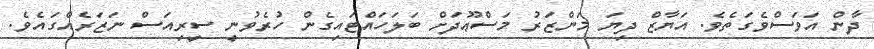
ދާން އަވަސްވެގަތެވެ. އަޔާޒް ދިޔަ މަންޒަރު މަސްޢޫދަށް ބަލަހައްޓައިގެން ހުރެވުނީ ސީރިއަސް ނަޒަރެއްގައެވެ.